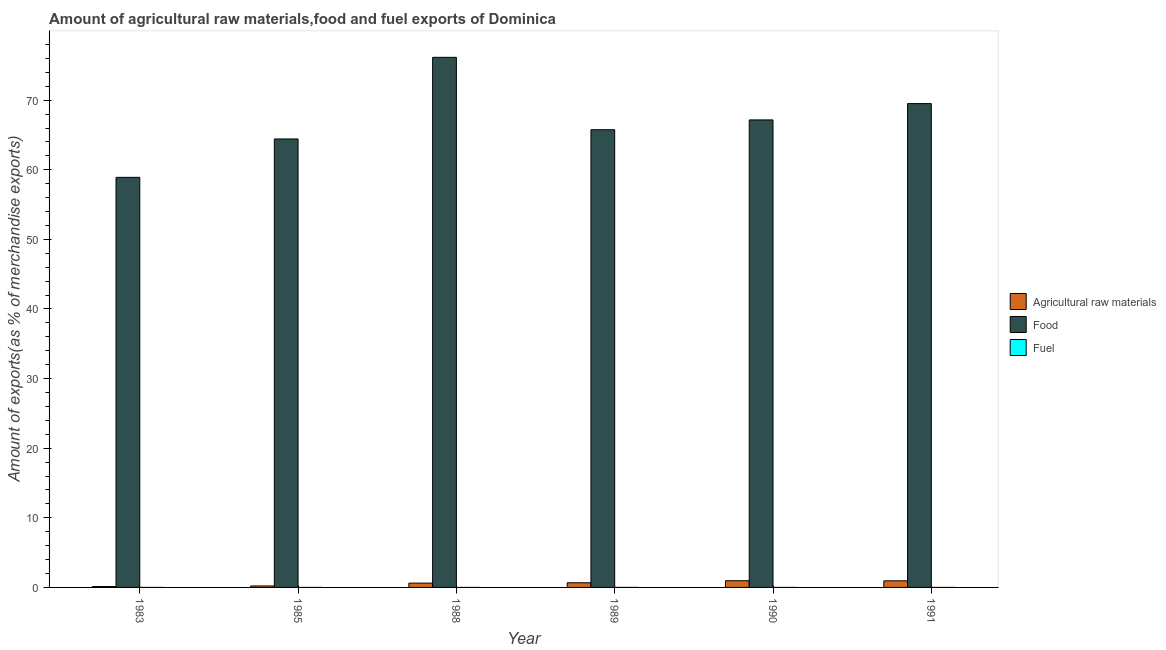
| Year | Agricultural raw materials | Food | Fuel |
 | --- | --- | --- | --- |
 | 1983 | 0.13 | 58.9 | 0.000321 |
 | 1985 | 0.21 | 64.4 | 3.67e-05 |
 | 1988 | 0.621 | 76.2 | 0.000239 |
 | 1989 | 0.667 | 65.8 | 0.000879 |
 | 1990 | 0.963 | 67.2 | 0.000108 |
 | 1991 | 0.946 | 69.5 | 3.92e-06 |